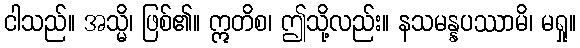
ငါသည်။ အသ္မိ၊ ဖြစ်၏။ ဣတိစ၊ ဤသို့လည်း။ နသမန္နပဿာမိ၊ မရှု။